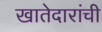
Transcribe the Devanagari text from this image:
खातेदारांची